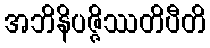
အဘိနိပဇ္ဇိဿတိပီတိ